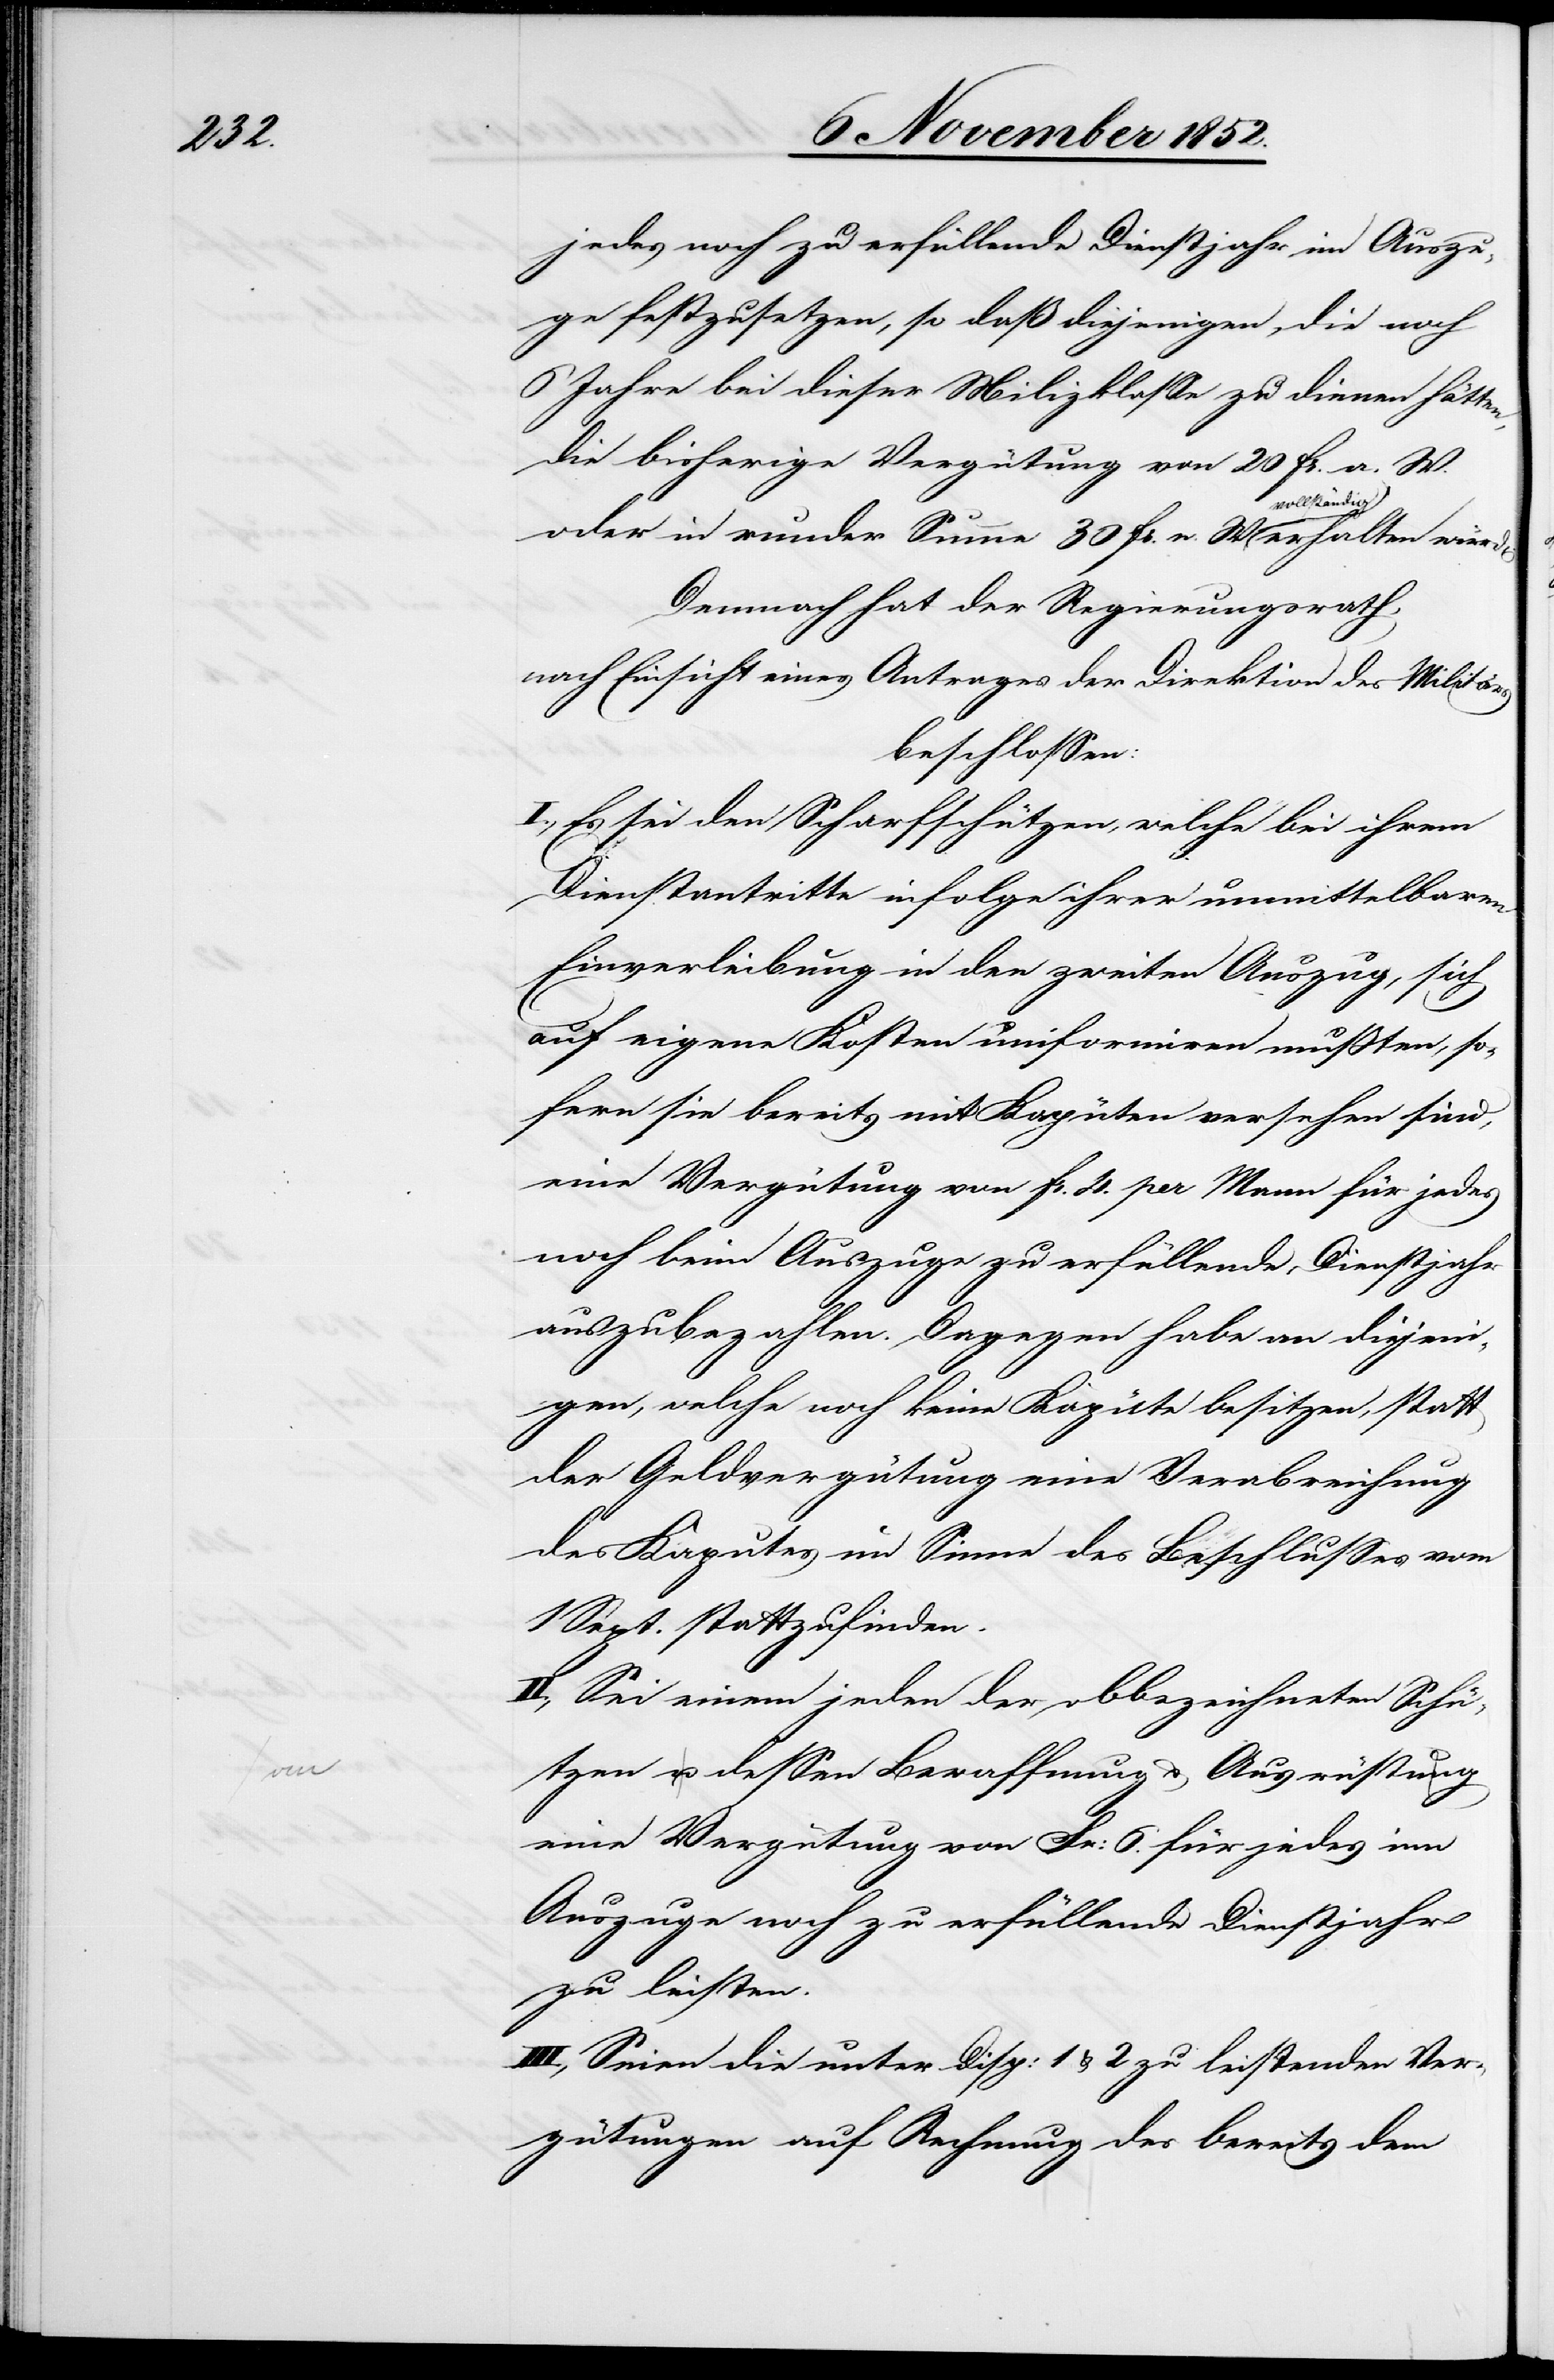
jedes noch zu erfüllende Dienstjahr im Auszu¬
ge festzusetzen, so daß diejenigen, die noch
6 Jahre bei dieser Milizklasse zu dienen hätten,
die bisherige Vergütung von 20 Fr. a. W.
oder in runder Summe 30 Fr. n. W. vollständig
Demnach hat der Regierungsrath,
nach Einsicht eines Antrages der Direktion des Militärs
beschlossen:
I., Es sei den Scharfschützen, welche bei ihrem
Dienstantritte infolge ihrer unmittelbaren
Einverleibung in den zweiten Auszug, sich
auf eigene Kosten uniformiren mußten, so¬
fern sie bereits mit Kapüten versehen sind,
eine Vergütung von Fr. 4. per Mann für jedes
noch beim Auszuge zu erfüllende Dienstjahr
auszubezahlen. Dagegen habe an diejeni¬
gen, welche noch keine Kapüte besitzen, statt
der Geldvergütung eine Verabreichung
des Kaputes im Sinne des Beschlusses vom
1 Sept. stattzufinden.
II., Sei einem jeden der obbezeichneten Schü¬
tzen [für] dessen Bewaffnung & Ausrüstung
eine Vergütung von Fr: 6. für jedes im
Auszuge noch zu erfüllende Dienstjahr
zu leisten.
III., Seien die unter Disp: 1 & 2 zu leistenden Ver¬
gütungen auf Rechnung des bereits dem